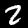
Label: 2